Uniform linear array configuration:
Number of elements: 48
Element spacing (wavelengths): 0.25
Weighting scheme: hann
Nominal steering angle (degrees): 30
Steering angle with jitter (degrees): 29.438
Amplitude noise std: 0.05
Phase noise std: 0.05

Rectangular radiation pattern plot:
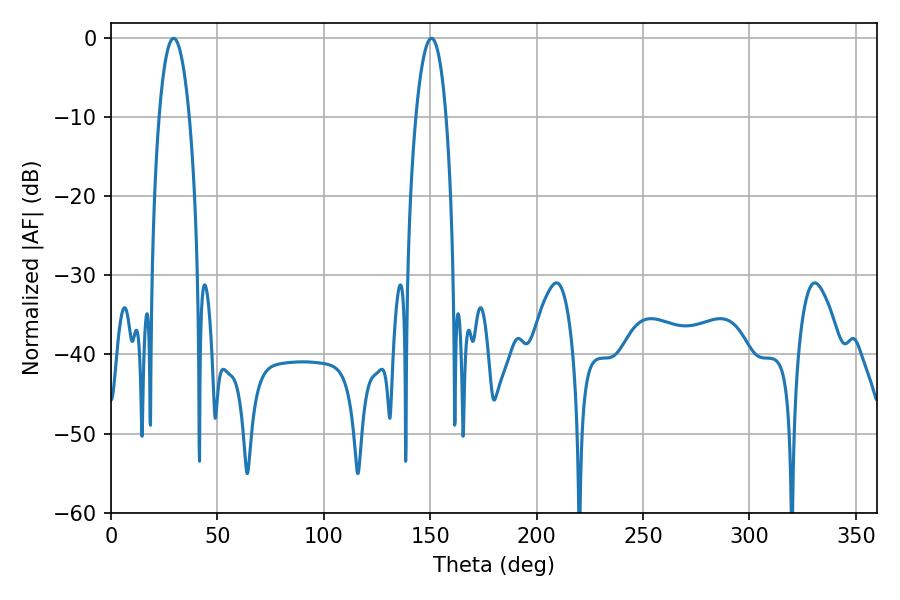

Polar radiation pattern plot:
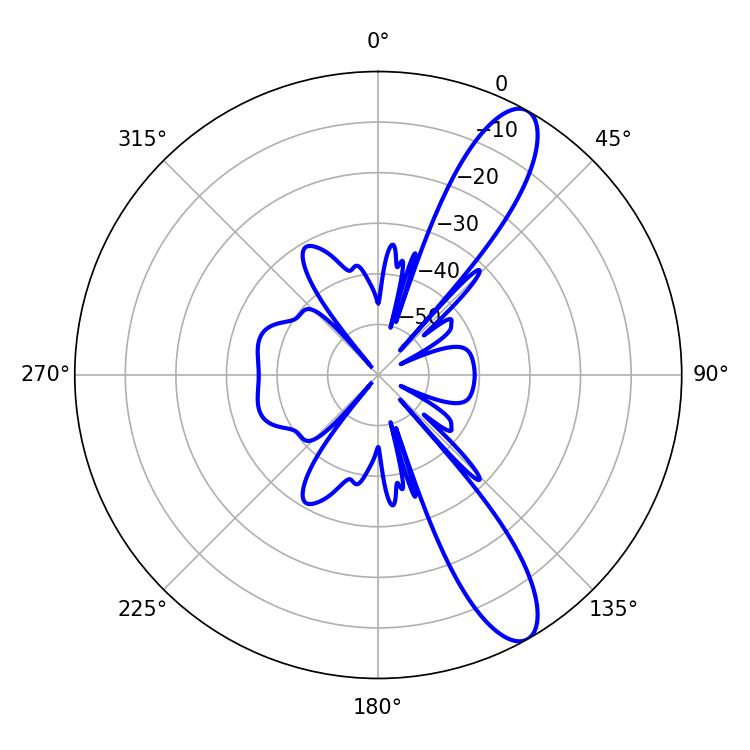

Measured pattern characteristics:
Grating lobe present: FALSE
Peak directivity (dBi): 11.389
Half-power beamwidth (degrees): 7.92
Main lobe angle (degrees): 29.34